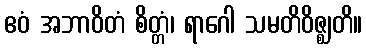
ဧဝံ အဘာဝိတံ စိတ္တံ၊ ရာဂေါ သမတိဝိဇ္ဈတိ။